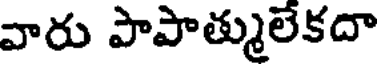
వారు పాపాత్ములేకదా